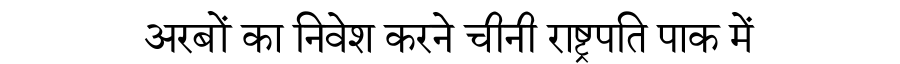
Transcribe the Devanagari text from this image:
अरबों का निवेश करने चीनी राष्ट्रपति पाक में